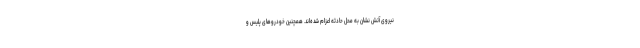
نیروی آتش نشان به محل حادثه اعزام شده‌اند. همچنین خودروهای پلیس و